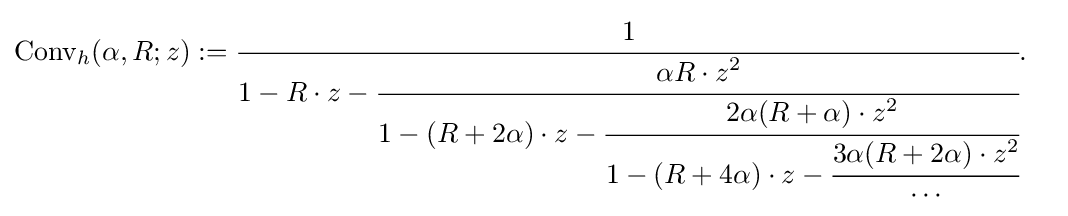
{\begin{aligned}{\text{Conv}}_{h}(\alpha ,R;z)&:={\cfrac {1}{1-R\cdot z-{\cfrac {\alpha R\cdot z^{2}}{1-(R+2\alpha )\cdot z-{\cfrac {2\alpha (R+\alpha )\cdot z^{2}}{1-(R+4\alpha )\cdot z-{\cfrac {3\alpha (R+2\alpha )\cdot z^{2}}{\cdots }}}}}}}}.\end{aligned}}